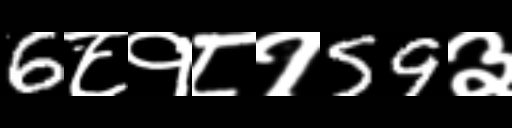
Text: 6८१८१59३